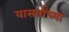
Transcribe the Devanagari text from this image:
यासर्वांच्या